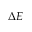
\Delta E